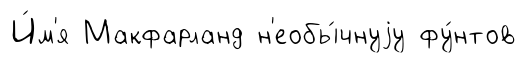
И́м'я Макфарланд н'еобы́чнуjу фу́нтов